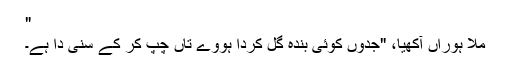
"
مُلا ہوراں آکھیا، "جدوں کوئی بندہ گل کردا ہووے تاں چُپ کر کے سُنی دا ہے۔